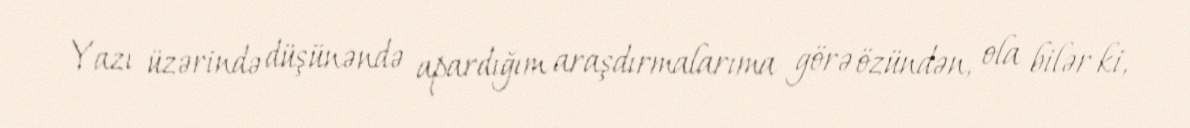
Yazı üzərində düşünəndə apardığım araşdırmalarıma görə özündən, ola bilər ki,